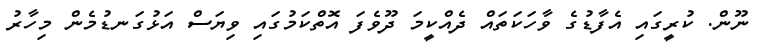
ނޫން. ކުރީގައި އެފާޑުގެ ވާހަކަތައް ދެއްކީމަ ދޫވެފަ އޮތްކަމުގައި ވިޔަސް އަޅުގަނޑުމެން މިހާރު